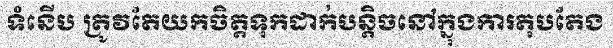
ទំនើប ត្រូវតែយកចិត្តទុកដាក់បន្តិចនៅក្នុងការតុបតែង